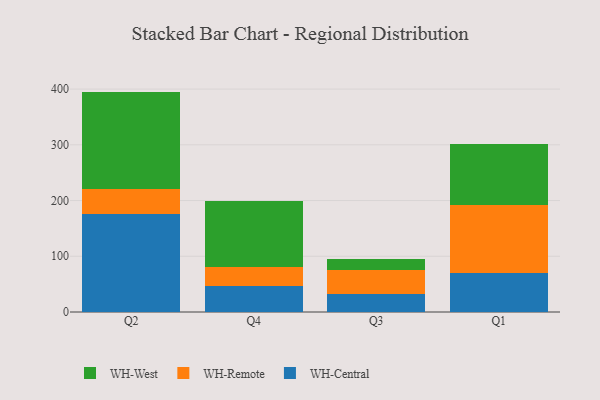
{"axis": {"x": "Quarter", "y": "Bounce Rate (%)"}, "legend": ["WH-Central", "WH-Remote", "WH-West"], "data": [{"x": "Q2", "y": 175.9, "type": "WH-Central"}, {"x": "Q2", "y": 45.2, "type": "WH-Remote"}, {"x": "Q2", "y": 174.4, "type": "WH-West"}, {"x": "Q4", "y": 47.5, "type": "WH-Central"}, {"x": "Q4", "y": 34.1, "type": "WH-Remote"}, {"x": "Q4", "y": 117.5, "type": "WH-West"}, {"x": "Q3", "y": 32.0, "type": "WH-Central"}, {"x": "Q3", "y": 42.6, "type": "WH-Remote"}, {"x": "Q3", "y": 20.6, "type": "WH-West"}, {"x": "Q1", "y": 70.8, "type": "WH-Central"}, {"x": "Q1", "y": 122.1, "type": "WH-Remote"}, {"x": "Q1", "y": 107.8, "type": "WH-West"}]}